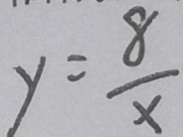
y = \frac { 8 } { x }